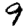
Digit: 9